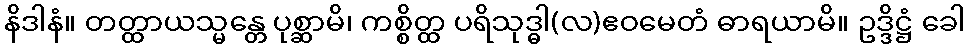
နိဒါနံ။ တတ္ထာယသ္မန္တေ ပုစ္ဆာမိ၊ ကစ္စိတ္ထ ပရိသုဒ္ဓါ(လ)ဧဝမေတံ ဓာရယာမိ။ ဥဒ္ဒိဋ္ဌံ ခေါ